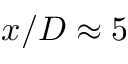
x / D \approx 5